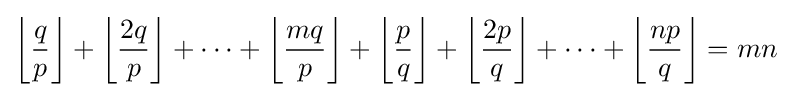
\left\lfloor {\frac {q}{p}}\right\rfloor +\left\lfloor {\frac {2q}{p}}\right\rfloor +\dots +\left\lfloor {\frac {mq}{p}}\right\rfloor +\left\lfloor {\frac {p}{q}}\right\rfloor +\left\lfloor {\frac {2p}{q}}\right\rfloor +\dots +\left\lfloor {\frac {np}{q}}\right\rfloor =mn